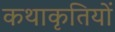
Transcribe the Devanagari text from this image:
कथाकृतियों